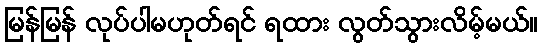
မြန်မြန် လုပ်ပါမဟုတ်ရင် ရထား လွတ်သွားလိမ့်မယ်။